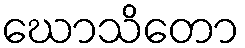
ဃောသိတော